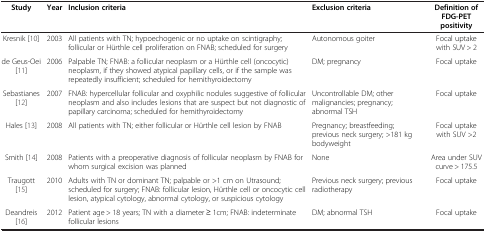
<table><thead><tr><td><b>Study</b></td><td><b>Year</b></td><td><b>Inclusion criteria</b></td><td><b>Exclusion criteria</b></td><td><b>Definition of FDG-PET positivity</b></td></tr></thead><tbody><tr><td>Kresnik [10]</td><td>2003</td><td>All patients with TN; hypoechogenic or no uptake on scintigraphy; follicular or Hürthle cell proliferation on FNAB; scheduled for surgery</td><td>Autonomous goiter</td><td>Focal uptake with SUV &gt; 2</td></tr><tr><td>de Geus-Oei [11]</td><td>2006</td><td>Palpable TN; FNAB: a follicular neoplasm or a Hürthle cell (oncocytic) neoplasm, if they showed atypical papillary cells, or if the sample was repeatedly insufficient; scheduled for hemithyroidectomy</td><td>DM; pregnancy</td><td>Focal uptake</td></tr><tr><td>Sebastianes [12]</td><td>2007</td><td>FNAB: hypercellular follicular and oxyphilic nodules suggestive of follicular neoplasm and also includes lesions that are suspect but not diagnostic of papillary carcinoma; scheduled for hemithyroidectomy</td><td>Uncontrollable DM; other malignancies; pregnancy; abnormal TSH</td><td>Focal uptake</td></tr><tr><td>Hales [13]</td><td>2008</td><td>All patients with TN; either follicular or Hürthle cell lesion by FNAB</td><td>Pregnancy; breastfeeding; previous neck surgery; &gt;181 kg bodyweight</td><td>Focal uptake with SUV &gt;2</td></tr><tr><td>Smith [14]</td><td>2008</td><td>Patients with a preoperative diagnosis of follicular neoplasm by FNAB for whom surgical excision was planned</td><td>None</td><td>Area under SUV curve &gt; 175.5</td></tr><tr><td>Traugott [15]</td><td>2010</td><td>Adults with TN or dominant TN; palpable or &gt;1 cm on Utrasound; scheduled for surgery; FNAB: follicular lesion, Hürthle cell or oncocytic cell lesion, atypical cytology, abnormal cytology, or suspicious cytology</td><td>Previous neck surgery; previous radiotherapy</td><td>Focal uptake</td></tr><tr><td>Deandreis [16]</td><td>2012</td><td>Patient age &gt; 18 years; TN with a diameter ≥ 1cm; FNAB: indeterminate follicular lesions</td><td>DM; abnormal TSH</td><td>Focal uptake</td></tr></tbody></table>